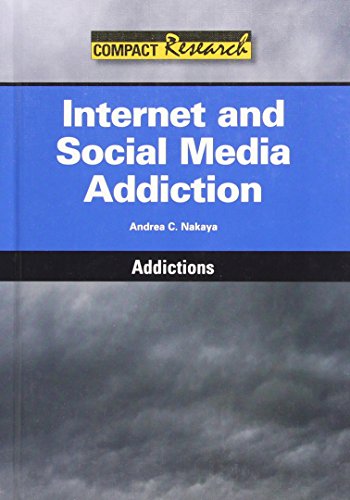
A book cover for Internet and Social Media Addiction (Compact Research: Addictions); Andrea Nakaya; Teen & Young Adult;